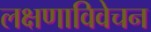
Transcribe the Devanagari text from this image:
लक्षणाविवेचन